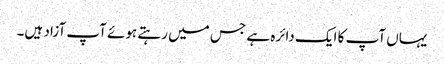
یہاں آپ کا ایک دائرہ ہے جس میں رہتے ہوئے آپ آزاد ہیں۔